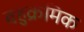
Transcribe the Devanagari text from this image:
बहुक्रमिक